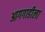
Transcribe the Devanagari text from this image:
आगगाडीला